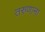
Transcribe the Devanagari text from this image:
तरुणाना